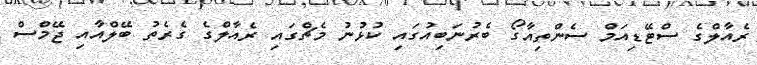
ރެއާލްގެ ސްޓޭޑިއަމް ސެންތިއާގޯ ބެރުނަބިއުގައި ކުޅުނު މެޗްގައި ރެއާލްގެ ގެރެތު ބޭލްއާއި ޖޭމްސް